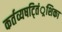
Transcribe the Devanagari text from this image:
कर्तव्यषट्तिं्रशिका